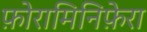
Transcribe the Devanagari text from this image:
फ़ोरामिनिफ़ेरा